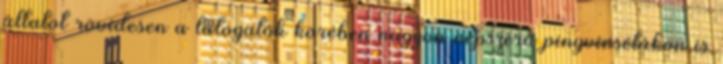
állatot rövidesen a látogatók körében nagyon népszerű pingvinsétákon is